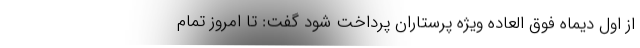
از اول دیماه فوق العاده ویژه پرستاران پرداخت شود گفت: تا امروز تمام